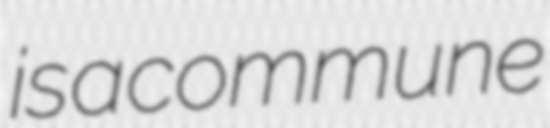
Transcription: is a commune